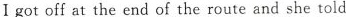
I got off at the end of the route and she told